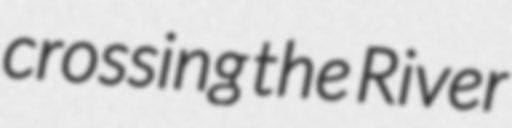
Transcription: crossing the River